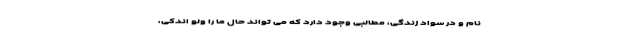
نام و در سواد زندگی، مطالبی وجود دارد که می تواند حال ما را ولو اندکی،